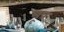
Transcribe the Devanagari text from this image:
मूप